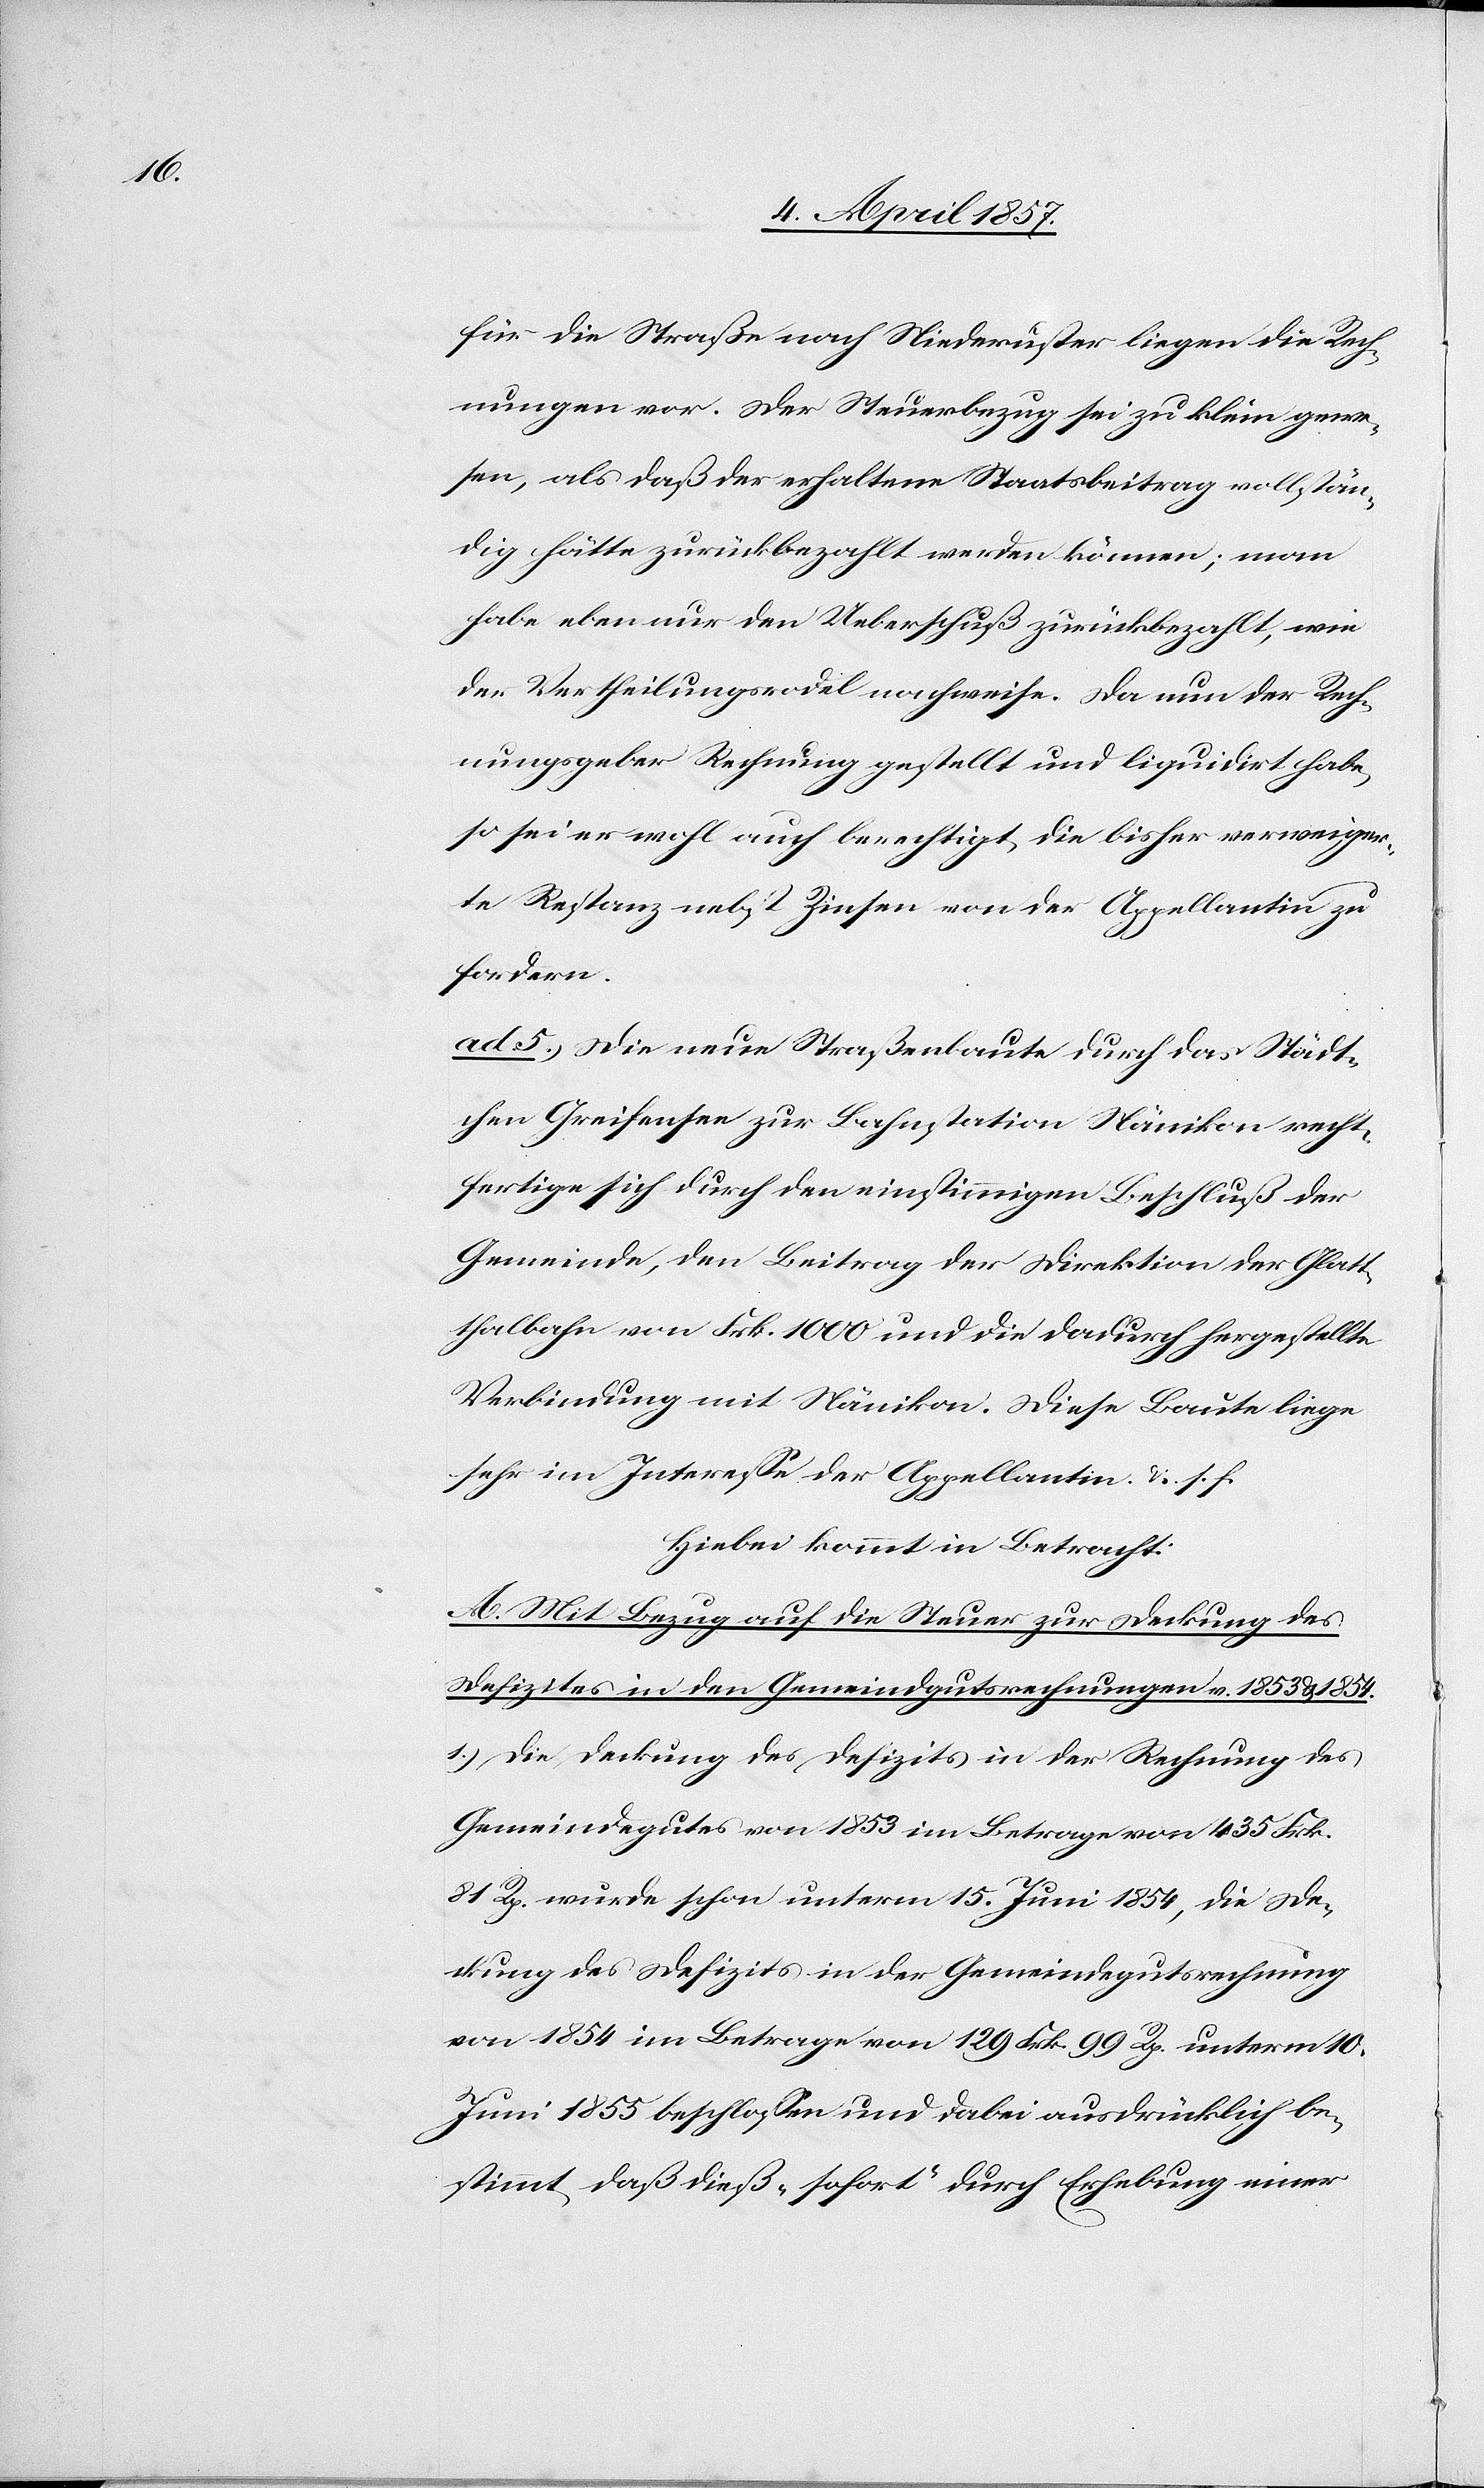
für die Straße nach Niederuster liegen die Rech¬
nungen vor. Der Steuerbezug sei zu klein gewe¬
sen, als daß der erhaltene Staatsbeitrag vollstän¬
dig hätte zurückbezahlt werden können; man
habe eben nur den Ueberschuß zurückbezahlt, wie
der Vertheilungsrodel nachweise. Da nun der Rech¬
nungsgeber Rechnung gestellt und liquidirt habe,
so sei er wohl auch berechtigt, die bisher verweiger¬
te Rechnung nebst Zinsen von der Appellantin zu
fordern.
ad 5.) Die neue Straßenbaute durch das Städt¬
chen Greifensee zur Bahnstation Nänikon recht¬
fertige sich durch den einstimmigen Beschluß der
Gemeinde, den Beitrag der Direktion der Glatt¬
halbahn von Frk. 1000 und die dadurch hergestellte
Verbindung mit Nänikon. Diese Baute liege
sehr im Interesse der Appellantin. &. s. f.
Hiebei kommt in Betracht:
A. Mit Bezug auf die Steuer zur Deckung des
Defizites in den Gemeindgutsrechnungen v. 1853 & 1854.
1.) Die Deckung des Defizits in der Rechnung des
Gemeindegutes von 1853 im Betrage von 435 Frk.
81 Rp. wurde schon unterm 15. Juni 1854, die De¬
ckung des Defizits in der Gemeindegutsrechnung
von 1854 im Betrage von 129 Frk. 99 Rp. unterm 10.
Juni 1855 beschlossen und dabei ausdrücklich be¬
stimmt, daß dieß „sofort“ durch Erhebung einer